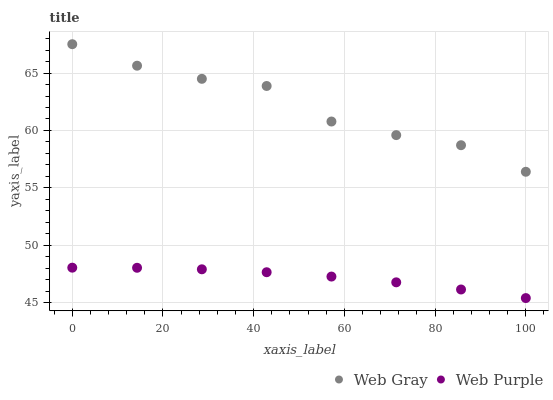
| xaxis_label | Web Gray | Web Purple |
 | --- | --- | --- |
 | 0 | 67.5 | 48.1 |
 | 14.3 | 65.6 | 48 |
 | 28.6 | 64.5 | 47.9 |
 | 42.9 | 63.9 | 47.7 |
 | 57.1 | 60.8 | 47.3 |
 | 71.4 | 59.6 | 46.8 |
 | 85.7 | 58.7 | 46.2 |
 | 100 | 56.4 | 45.4 |